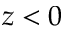
z < 0